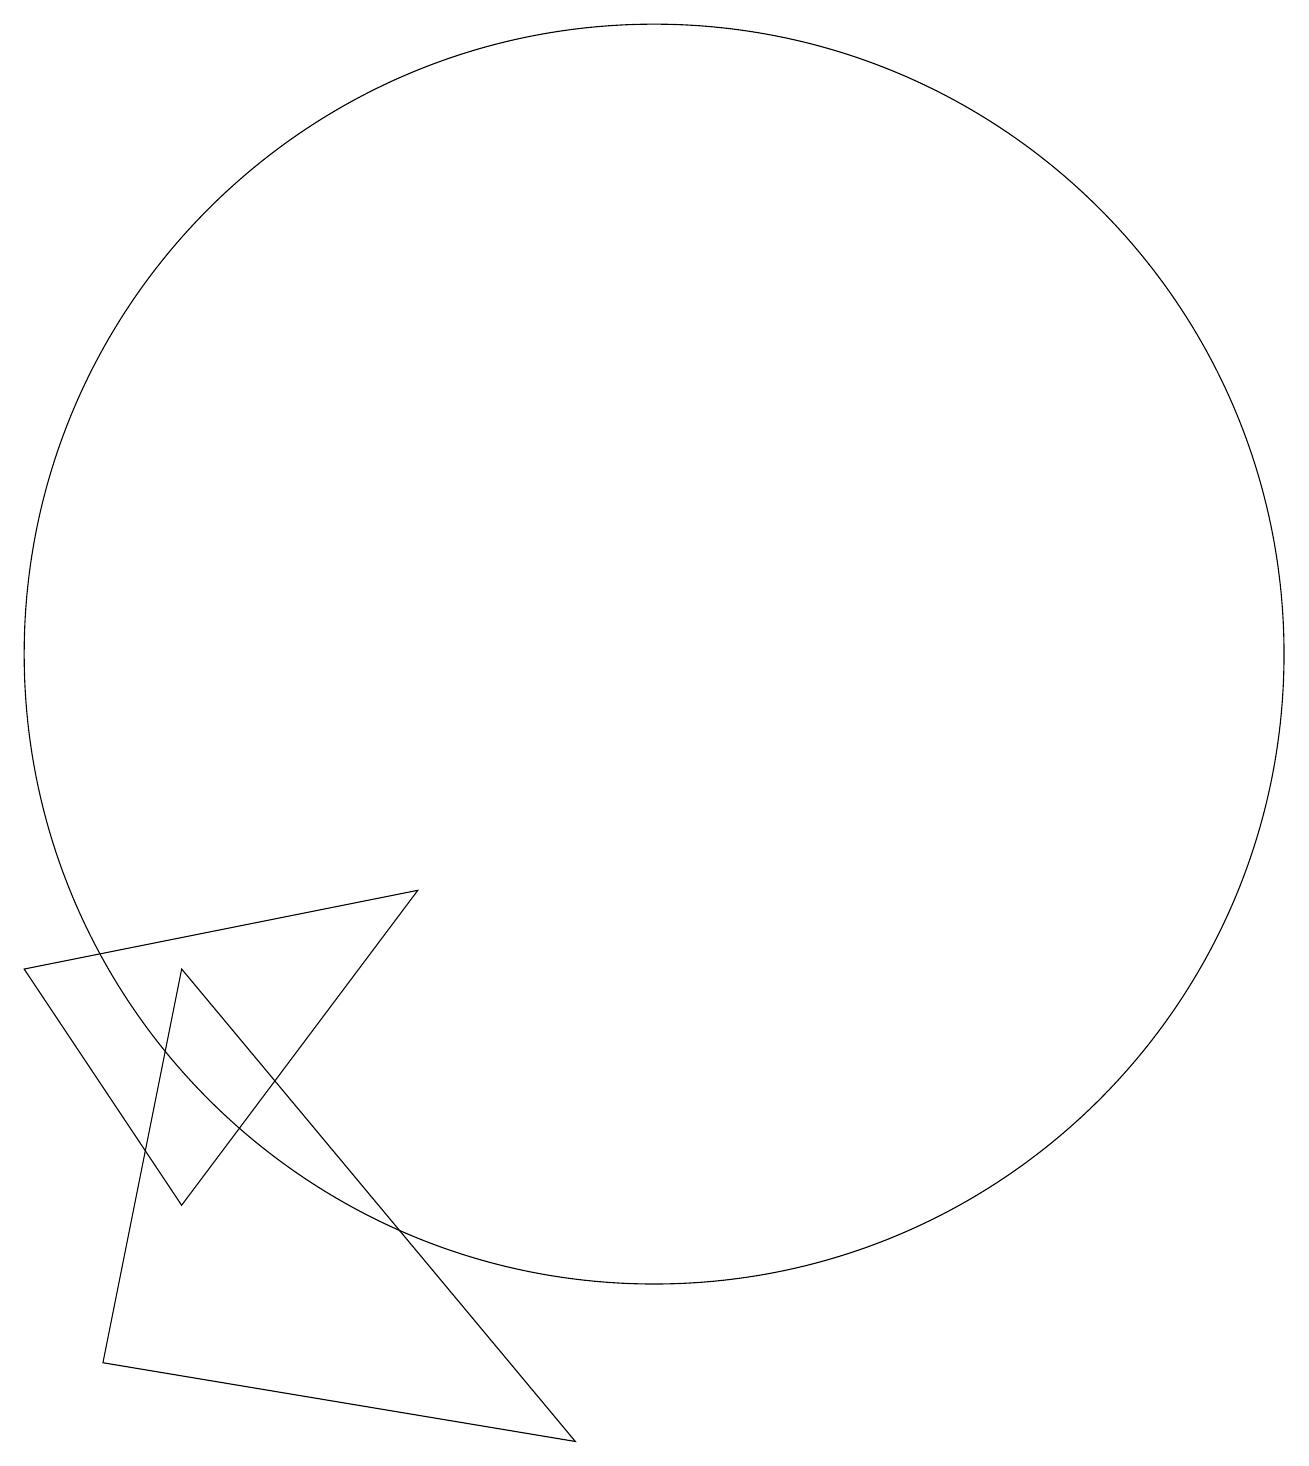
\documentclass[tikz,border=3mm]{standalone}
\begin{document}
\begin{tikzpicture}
\draw (9,2) -- (4,8) -- (3,3) -- cycle;
\draw (4,5) -- (2,8) -- (7,9) -- cycle;
\draw (10,12) circle (8);
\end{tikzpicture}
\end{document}